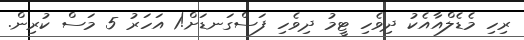
ރިހި މެޑެލްއާއެކު ދިވެހި ޓީމު ދިވެހި ފަސްގަނޑަށް!1 އަހަރު 5 މަސް ކުރިން.